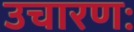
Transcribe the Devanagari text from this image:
उचारणः